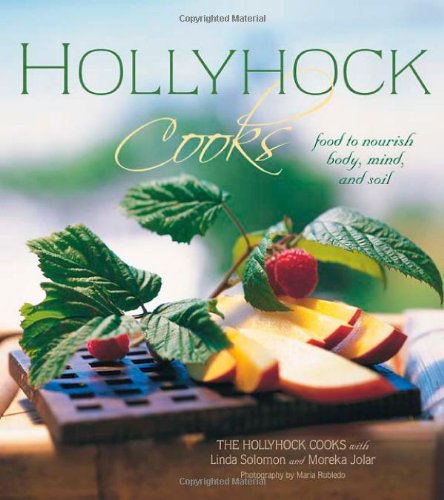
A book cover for Hollyhock Cooks: Food to Nourish Body, Mind and Soil; The Hollyhock Cooks; Cookbooks, Food & Wine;